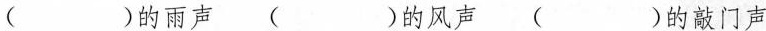
( )的雨声 ( )的风声 ( )的敲门声